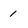
Character: 1